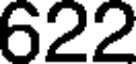
622